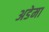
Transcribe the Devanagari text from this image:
अडेमा